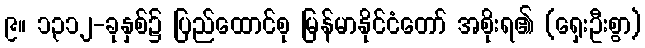
၉။ ၁၃၁၂-ခုနှစ်၌ ပြည်ထောင်စု မြန်မာနိုင်ငံတော် အစိုးရ၏ (ရှေးဦးစွာ)